Vaccination in Burma 1920-1933 - 1920-1933
Year: 1920
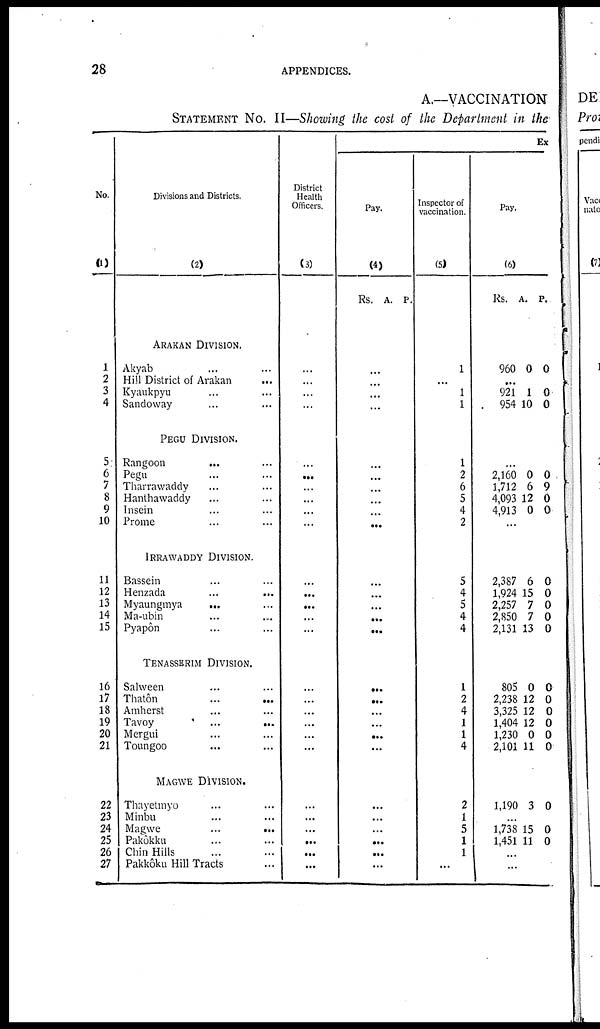
28
APPENDICES.
A.—VACCINATION
STATEMENT No. II—Showing the cost of the Department in the
No.
(1)
1
2
3
4
5
6
7
8
9
10
11
12
13
14
15
16
17
18
19
20
21
22
23
24
25
26
27
Divisions and Districts.
(2)
ARAKAN DIVISION.
Akyab ... ...
Hill District of Arakan ...
Kyaukpyu ... ...
Sandoway ... ...
PEGU DIVISION.
Rangoon
... ...
Pegu ... ...
Tharrawaddy ... ...
Hanthawaddy ... ...
Insein ... ...
Prome ... ...
IRRAWADDY DIVISION.
Bassein ... ...
Henzada
...
...
Myaungmya ... ...
Ma-ubin ... ...
Pyapôn ... ...
TENASSERIM DIVISION.
Salween ... ...
Thatôn
...
...
Amherst ... ...
Tavoy
...
...
Mergui ... ...
Toungoo ... ...
MAGWE DIVISION.
Thayetmyo ... ...
Minbu ... ...
Magwe
...
...
Pakôkku ... ...
Chin Hills ... ...
Pakkôku Hill Tracts ...
District
Health
Officers.
(3)
...
...
...
...
...
...
... ...
...
...
...
...
...
...
...
...
...
...
...
...
...
...
...
...
...
...
...
Ex
Pay.
(4)
Rs. A. P.
...
...
...
...
...
...
...
...
...
...
...
...
...
...
...
...
...
...
...
...
...
...
...
...
...
...
...
Inspector of
vaccination.
(5)
1
...
1
1
1
2
6
5
4
2
5
4
5
4
4
1
2
4
1
1
4
2
1
5
1
1
...
Pay.
(6)
Rs. A. P.
960 0 0
...
921
954
1
10
0
0
...
2,160
1,712
4,093
4,913
0
6
12
0
0
9
0
0
...
2,387
1,924
2,257
2,850
2,131
6
15
7
7
13
0
0
0
0
0
805
2,238
3,325
1,404
1,230
2,101
0
12
12
12
0
11
0
0
0
0
0
0
1,190 3 0
...
1,738
1,451
15
11
0
0
...
...